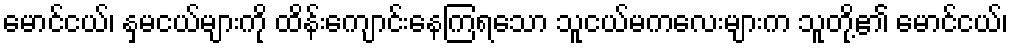
မောင်ငယ်၊ နှမငယ်များကို ထိန်းကျောင်းနေကြရသော သူငယ်မကလေးများက သူတို့၏ မောင်ငယ်၊